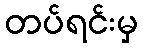
တပ်ရင်းမှ